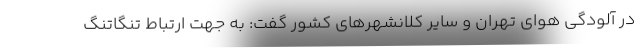
در آلودگی هوای تهران و سایر کلانشهرهای کشور گفت: به جهت ارتباط تنگاتنگ